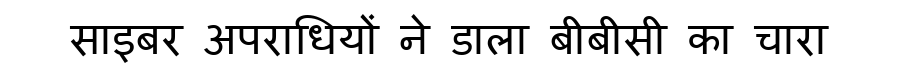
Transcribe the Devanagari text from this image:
साइबर अपराधियों ने डाला बीबीसी का चारा